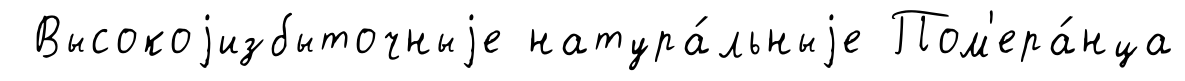
Высокоjизбыточныjе натура́льныjе Пом'ера́нца